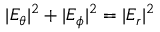
| E _ { \theta } | ^ { 2 } + | E _ { \phi } | ^ { 2 } = | E _ { r } | ^ { 2 }